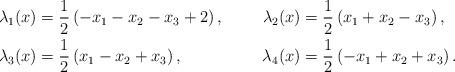
LaTeX: \begin{align*}\lambda_1(x)&= \frac{1}{2} \left(-x_1-x_2-x_3+2\right), &\lambda_2(x)&= \frac{1}{2} \left(x_1+x_2-x_3\right), \\\lambda_3(x) &= \frac{1}{2} \left(x_1-x_2+x_3\right), & \lambda_4(x) &= \frac{1}{2} \left(-x_1+x_2+x_3\right).\end{align*}